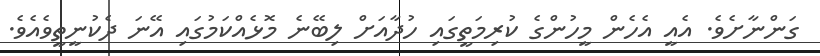
ގަންނާށެވެ. އެއީ އެހެން މީހުންގެ ކުރިމަތީގައި ހުދާއަށް ލިބޭނެ މޮޅެއްކަމުގައި އޭނަ ދެކުނީތީވެއެވެ.